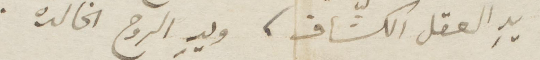
يد العقل الكشّاف، ويد الروح الخالدة.